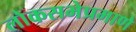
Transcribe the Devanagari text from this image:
लोकसभेप्रमाणे